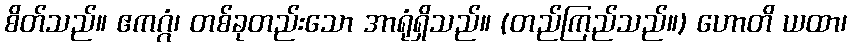
စိတ်သည်။ ဧကဂ္ဂံ၊ တစ်ခုတည်းသော အာရုံရှိသည်။ (တည်ကြည်သည်။) ဟောတိ ယထာ၊